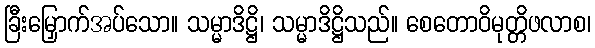
ခြီးမြှောက်အပ်သော။ သမ္မာဒိဋ္ဌိ၊ သမ္မာဒိဋ္ဌိသည်။ စေတောဝိမုတ္တိဖလာစ၊